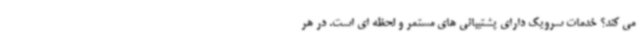
می کند؟ خدمات سرویک دارای پشتیبانی های مستمر و لحظه ای است. در هر